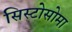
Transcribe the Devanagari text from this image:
सिस्टोसोमा